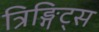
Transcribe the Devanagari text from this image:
त्रिङ्गिट्स